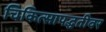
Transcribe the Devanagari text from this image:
चिकित्सापद्धतीवर